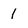
Character: 1